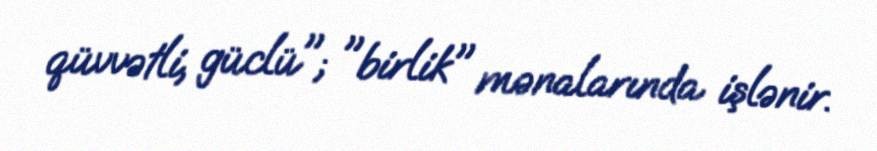
qüvvətli, güclü"; "birlik" mənalarında işlənir.